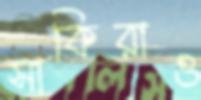
সাকিরাও